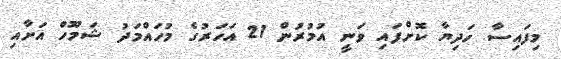
މިފައިސާ ހަދިޔާ ކޮށްފައި ވަނީ އުމުރުން 21 އަހަރުގެ މުހައްމަދު ޝަމޫހް އަށާއި